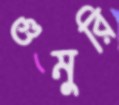
গুমুরি